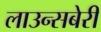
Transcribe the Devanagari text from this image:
लाउन्सबेरी